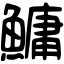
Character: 鱅